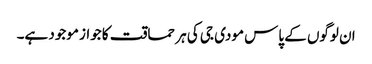
ان لوگوں کے پاس مودی جی کی ہر حماقت کا جواز موجود ہے۔